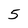
Character: 5